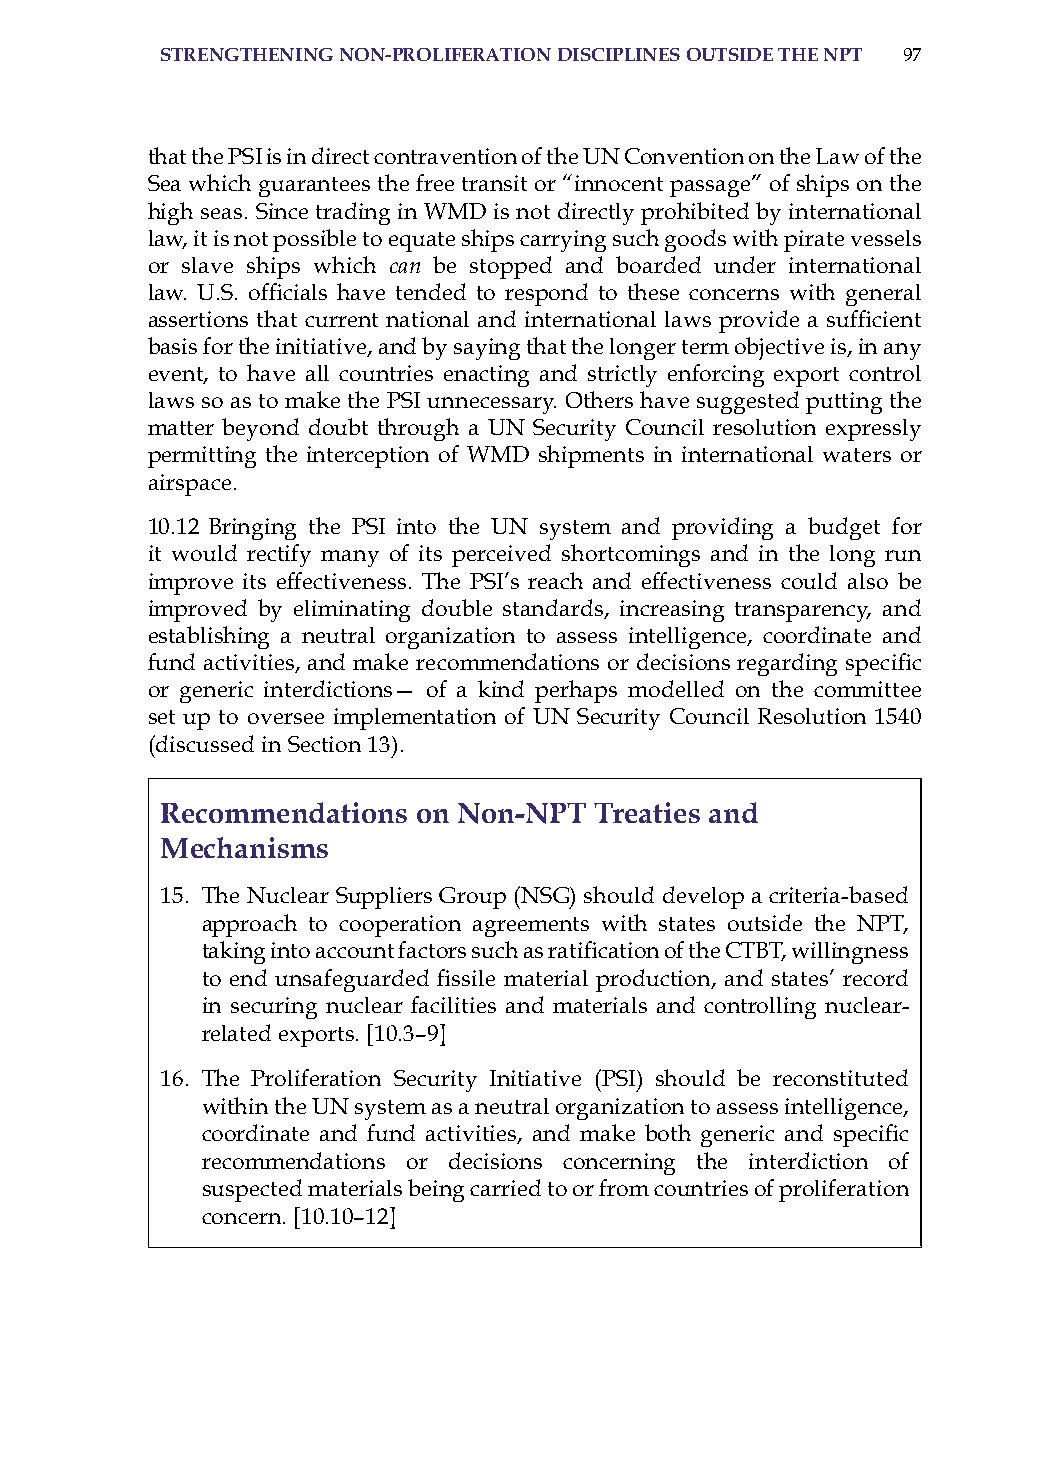
strenGtheninG non-Proliferation disciPlines outside the nPt 97
 that the Psi is in direct contravention of the UN Convention on the Law of the
 sea which guarantees the free transit or “innocent passage” of ships on the
 high seas. since trading in WMD is not directly prohibited by international
 law, it is not possible to equate ships carrying such goods with pirate vessels
 or slave ships which can be stopped and boarded under international
 law. U.S. officials have tended to respond to these concerns with general
 assertions that current national and international laws provide a sufficient
 basis for the initiative, and by saying that the longer term objective is, in any
 event, to have all countries enacting and strictly enforcing export control
 laws so as to make the Psi unnecessary. others have suggested putting the
 matter beyond doubt through a UN security Council resolution expressly
 permitting the interception of WMD shipments in international waters or
 airspace.
 10.12 Bringing the Psi into the UN system and providing a budget for
 it would rectify many of its perceived shortcomings and in the long run
 improve its effectiveness. The Psi’s reach and effectiveness could also be
 improved by eliminating double standards, increasing transparency, and
 establishing a neutral organization to assess intelligence, coordinate and
 fund activities, and make recommendations or decisions regarding specific
 or generic interdictions— of a kind perhaps modelled on the committee
 set up to oversee implementation of UN security Council resolution 1540
 (discussed in section 13).
 recommendations  on non-nPt treaties and
 mechanisms
 15. The Nuclear suppliers Group (NsG) should develop a criteria-based
 approach to cooperation agreements with states outside the NPT,
 taking into account factors such as ratification of the CTBT, willingness
 to end unsafeguarded fissile material production, and states’ record
 in securing nuclear facilities and materials and controlling nuclear-
 related exports. [10.3–9]
 16. The Proliferation security initiative (Psi) should be reconstituted
 within the UN system as a neutral organization to assess intelligence,
 coordinate and fund activities, and make both generic and specific
 recommendations or decisions concerning the interdiction of
 suspected materials being carried to or from countries of proliferation
 concern. [10.10–12]